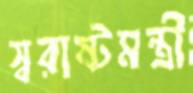
স্বরাষ্টমন্ত্রী